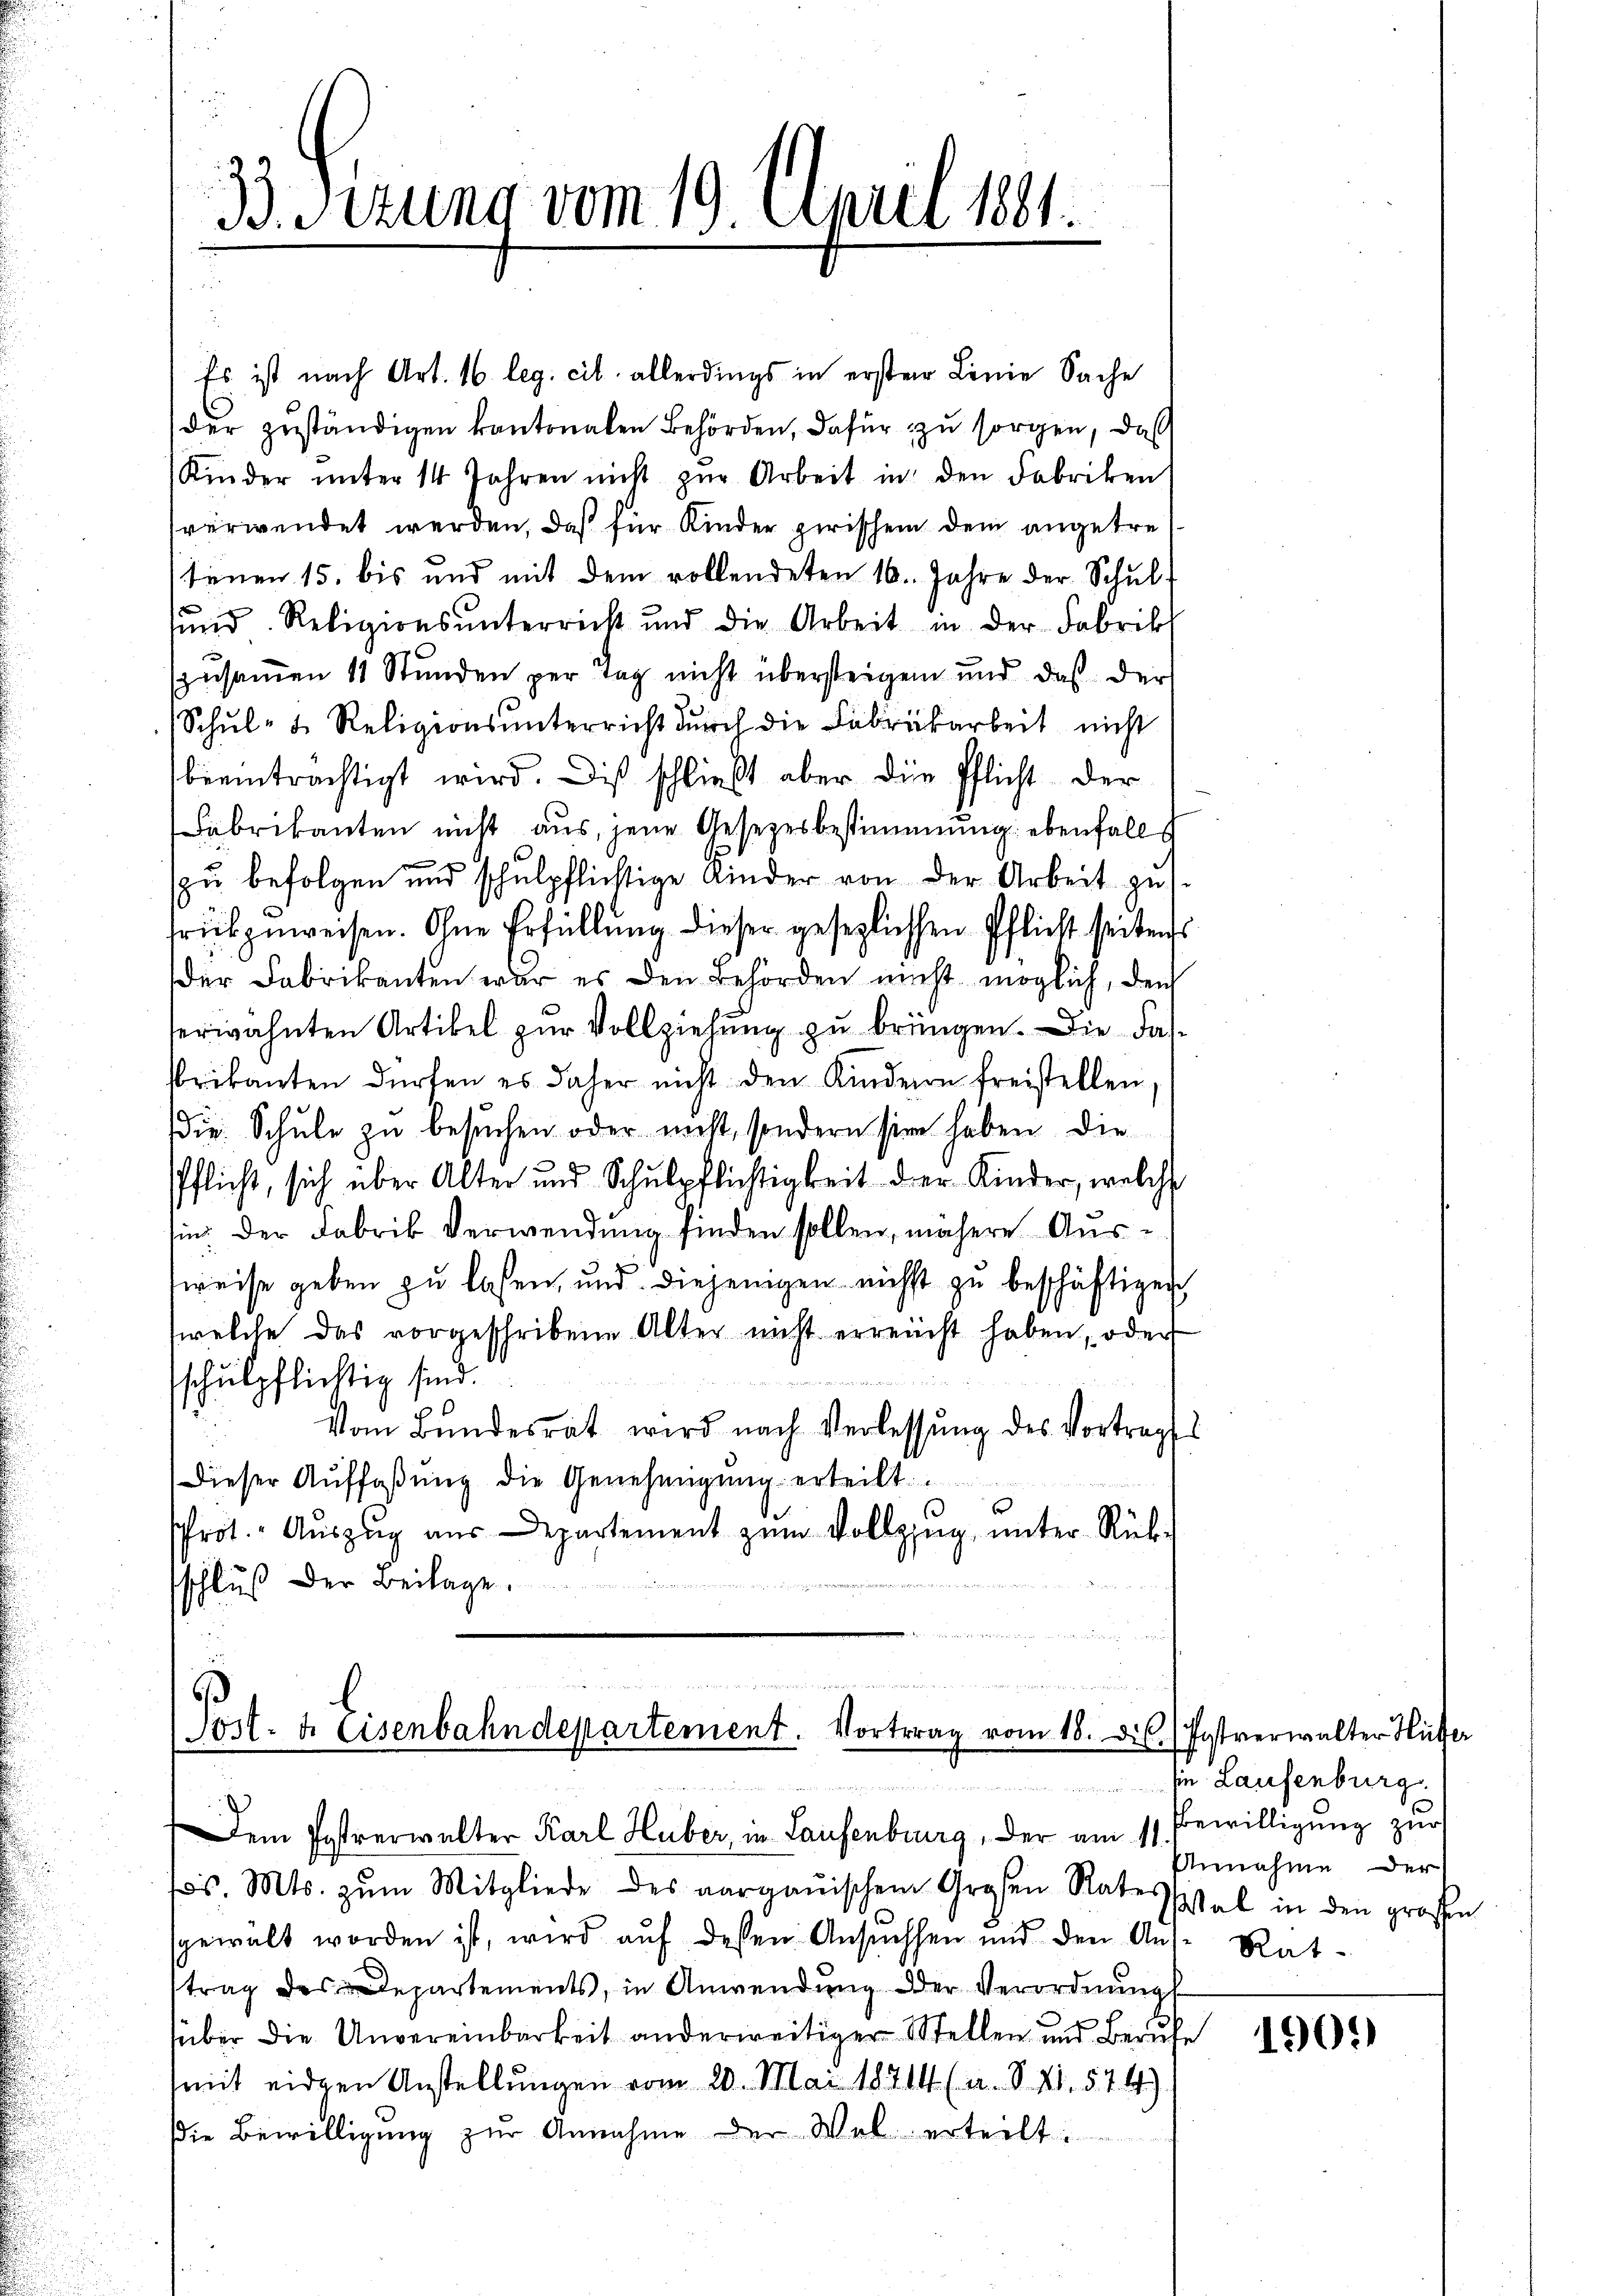
u
35 Sezung vom 19. April 1891.

Es ist nach Art. 16. leg. cit. allerdings in erster Linie Sache
der zuständigen kantonalen Behörden, dafür zu sorgen, daß
Kinder ŭnter 14 Jahren nicht zŭr Arbeit in den Fabriken
verwendet werden, daß für Kinder zwischem dem angetretenen 15. bis und mit dem vollendeten 16. Jahre der Schŭl-
sund Religionsunterricht und die Arbeit in der Fabrik
zusammen 11 Stunden per Tag nicht übersteigen und daß der
Schŭl- u. Religionsŭnterricht dŭrch die Fabrikarbeit nicht
beeinträchtigt wird. Dis schließt aber die Pflicht der
Fabrikanten nicht aus, jene Gesetzesbestimmung ebenfalls
zŭ befolgen und schŭlpflichtige Kinder von der Arbeit zus
frükzuweisen. Ohne Erfüllung dieser gesezlichen Pflicht seitens
der Fabrikanten war es den Behörden nicht möglich, den
herwähnten Artikel zur Vollziehung zu bringen. Die Fasbrikanten dürfen es daher nicht den Kinderen freistellen,
Die Schule zu besuchen oder nicht, sondern sie haben die
e
Pflicht, sich über Alter und Schulpflichtigkeit der Kinder, welche
sind der Fabrik Verwendung finden sollen, nähere Aussweise geben zu lassen, und diejenigen nicht zu beschäftigen
welche das vorgeschribene Alter nicht erreicht haben, oder

schulpflichtig sind.
Vom Bundesrat wird nach Verlassŭng des Vortrag
Dieser Aŭffaβŭng die Genehmigŭng erteilt.
rot. Aŭszŭg aŭs Departement zŭm Vollzŭg ŭnter Rück-
sschluß der Beilage.

xxx
Post- & Eisenbahndepartement. Vortrag vom 18. d. Postverwalter Hüfer

Dem Postverwalter Karl Huber, in Laufenburg, der am 11.

tos. Mts. zŭm Mitgliede des aargauischem Großen Ratessital in den grossen
sgewalt worden ist, wird aŭf dessen Ansŭchen und den Aus-Rat-
trag des Departements, in Anwendŭng der Verordnŭngs
über die Unvereinbarkeit anderweitiger Stellen und Berufe
mit eidern Anstellungen vom 20. Mai 18714 (a. S. 21. 574).
die Bewilligung zŭr Annahme der Wel erteilt:

sin Laufenburg
Bewilligung zur
Annahme der

190.)